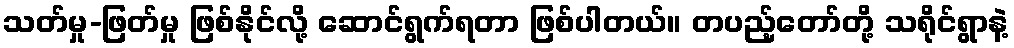
သတ်မှု-ဖြတ်မှု ဖြစ်နိုင်လို့ ဆောင်ရွက်ရတာ ဖြစ်ပါတယ်။ တပည့်တော်တို့ သရိုင်ရွာနဲ့